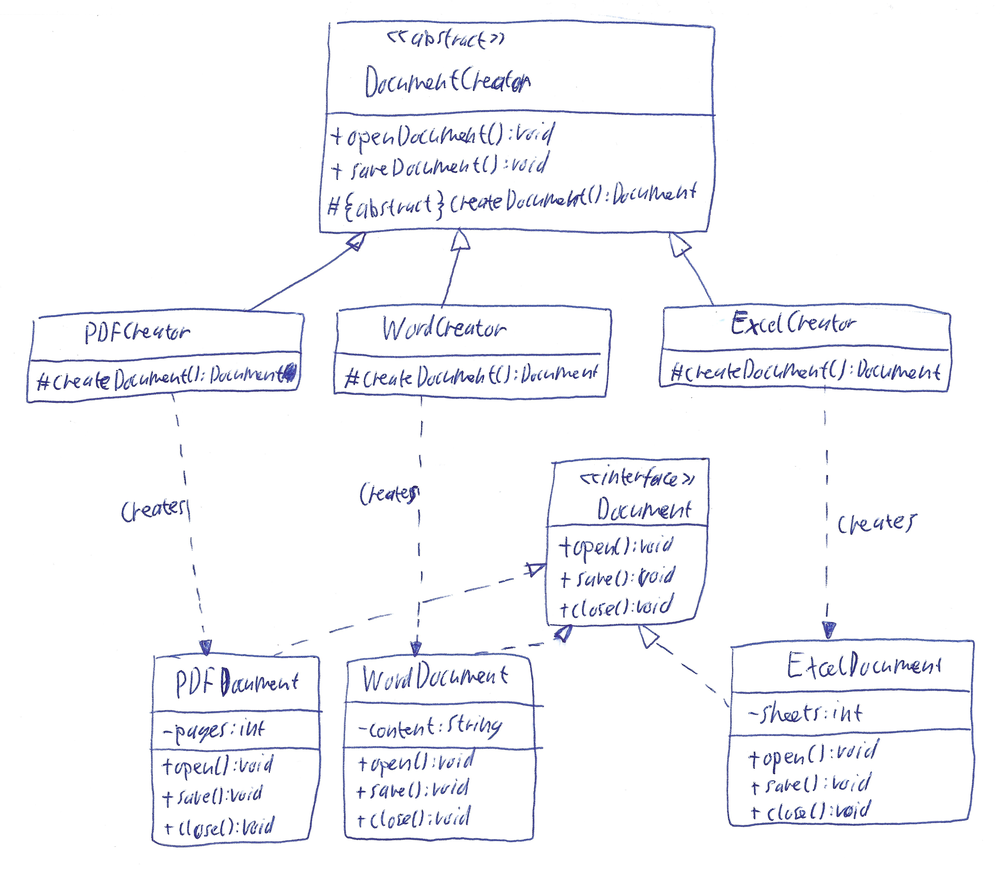
Diagram type: class_diagram
```plantuml
@startuml

abstract DocumentCreator {
  + openDocument(): void
  + saveDocument(): void
  # {abstract} createDocument(): Document
}

class PDFCreator extends DocumentCreator {
  # createDocument(): Document
}

class WordCreator extends DocumentCreator {
  # createDocument(): Document
}

class ExcelCreator extends DocumentCreator {
  # createDocument(): Document
}

interface Document {
  + open(): void
  + save(): void
  + close(): void
}

class PDFDocument implements Document {
  - pages: int
  + open(): void
  + save(): void
  + close(): vpid
}

class WordDocument implements Document {
  - content: String
  + open(): void
  + save(): void
  + close(): void
}

class ExcelDocument implements Document {
  - sheets: int
  + open(): void
  + save(): void
  + close(): void
}

PDFCreator ..> PDFDocument : creates

WordCreator ..> WordDocument : creates

ExcelCreator ..> ExcelDocument : creates

@enduml
```